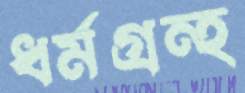
ধর্মগ্রন্হ